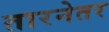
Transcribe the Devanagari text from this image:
तारनेतर